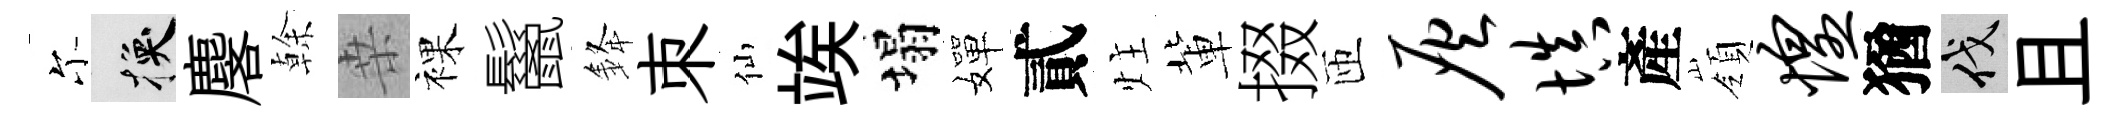
尓换麐𠏉桒裸鬣𨦟朿仙竢塌嬋貳炷軰掇匝灰填產嶺惶猶伐且